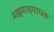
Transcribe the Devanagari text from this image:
मख्याध्यापक